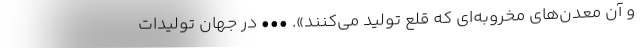
و آن معدن‌های مخروبه‌ای که قلع تولید می‌کنند». ••• در جهان تولیدات